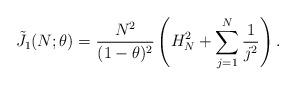
LaTeX: \begin{align*}\tilde{J}_1(N; \theta) = \frac{N^2}{(1 - \theta)^2} \left(H_N^2 + \sum_{j=1}^N \frac{1}{j^2}\right).\end{align*}